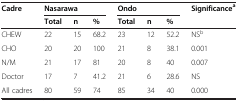
<table><thead><tr><td rowspan="2"><b>Cadre</b></td><td colspan="3"><b>Nasarawa</b></td><td colspan="3"><b>Ondo</b></td><td><b>Significance<sup>a</sup></b></td></tr><tr><td><b>Total</b></td><td><b>n</b></td><td><b>%</b></td><td><b>Total</b></td><td><b>n</b></td><td><b>%</b></td><td><b> </b></td></tr></thead><tbody><tr><td>CHEW</td><td>22</td><td>15</td><td>68.2</td><td>23</td><td>12</td><td>52.2</td><td>NS<sup>b</sup></td></tr><tr><td>CHO</td><td>20</td><td>20</td><td>100</td><td>21</td><td>8</td><td>38.1</td><td>0.001</td></tr><tr><td>N/M</td><td>21</td><td>17</td><td>81</td><td>20</td><td>8</td><td>40</td><td>0.007</td></tr><tr><td>Doctor</td><td>17</td><td>7</td><td>41.2</td><td>21</td><td>6</td><td>28.6</td><td>NS</td></tr><tr><td>All cadres</td><td>80</td><td>59</td><td>74</td><td>85</td><td>34</td><td>40</td><td>0.000</td></tr></tbody></table>